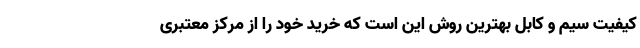
کیفیت سیم و کابل بهترین روش این است که خرید خود را از مرکز معتبری